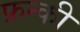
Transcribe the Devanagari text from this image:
फ्रन्की